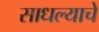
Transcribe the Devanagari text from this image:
साधल्याचे